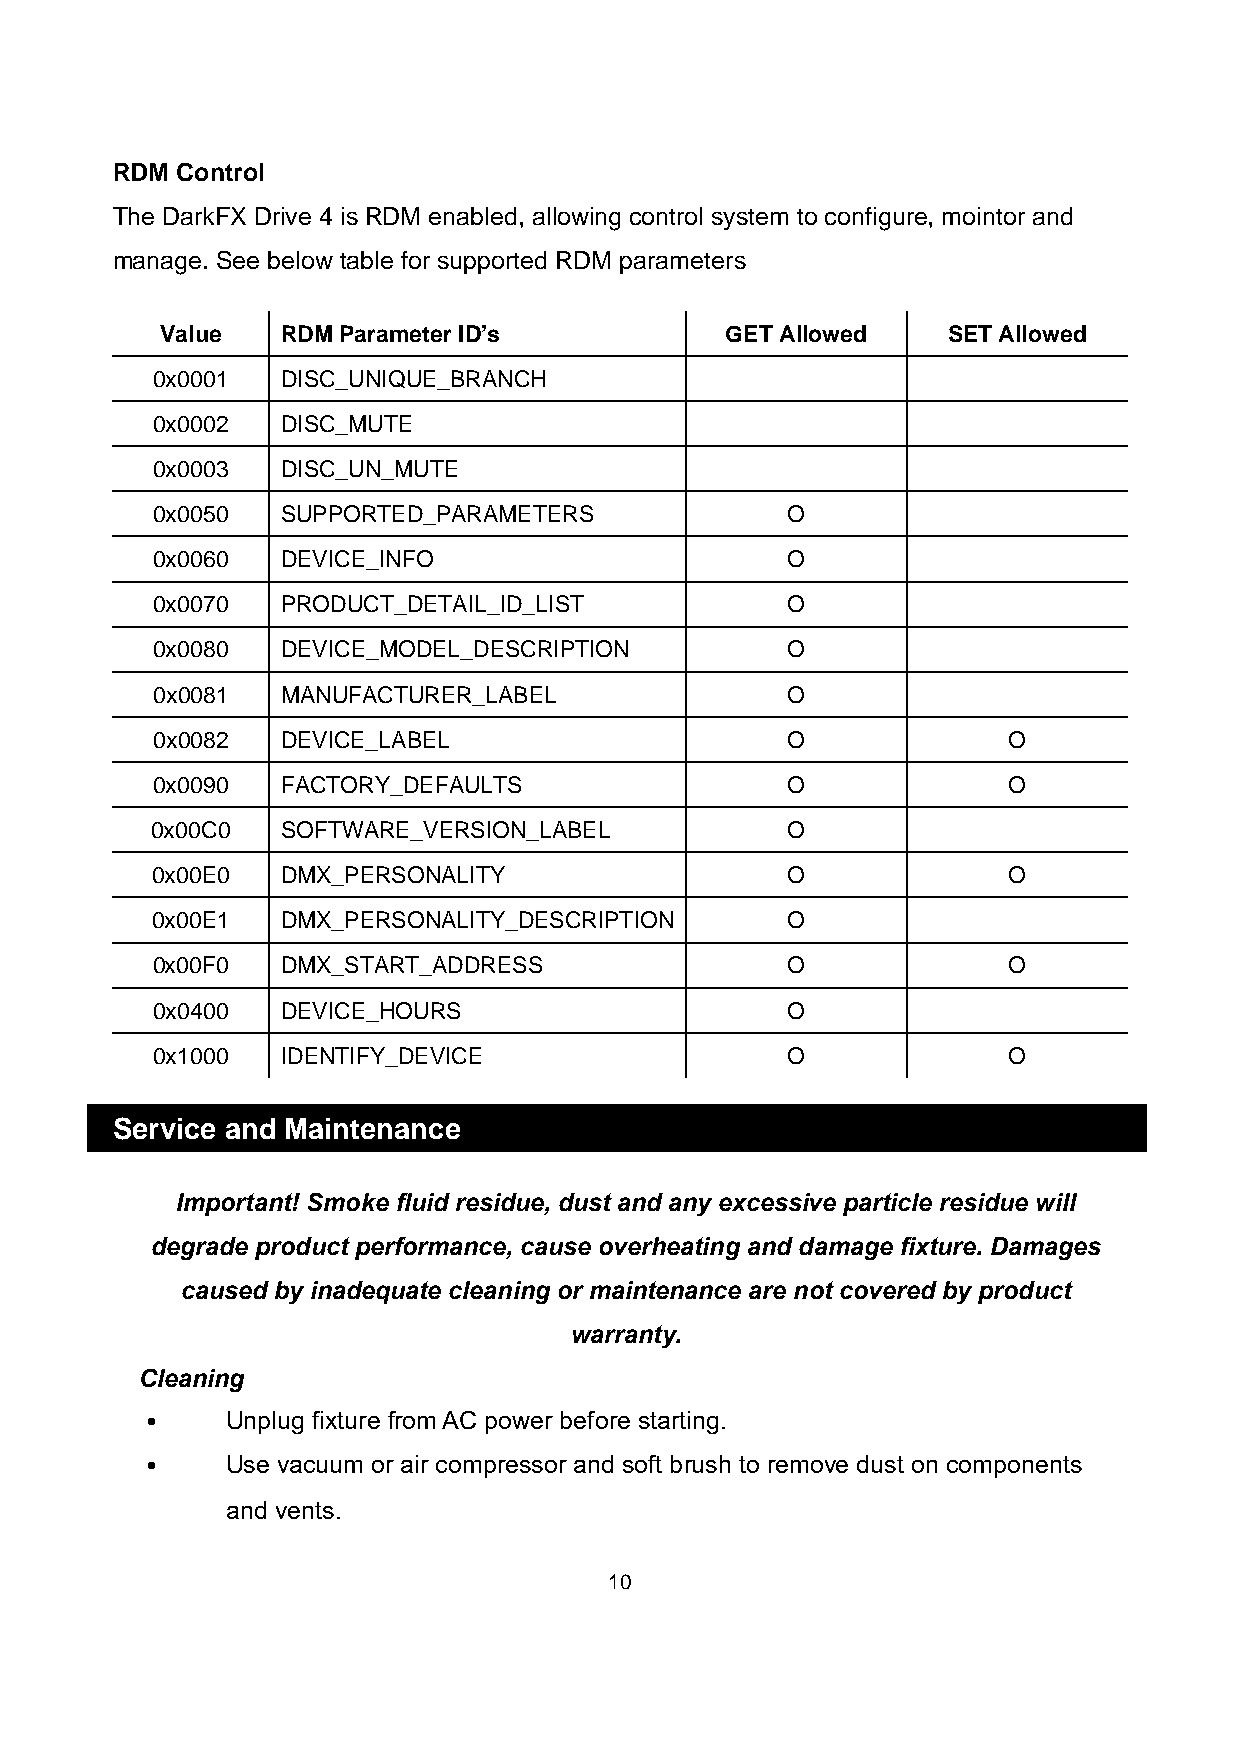
RDM  Control
 The DarkFX Drive 4 is RDM enabled, allowing control system to configure, mointor and
 manage. See below table for supported RDM parameters
 Value   RDM Parameter ID’s           GET Allowed    SET Allowed
 0x0001   DISC_UNIQUE_BRANCH
 0x0002   DISC_MUTE
 0x0003   DISC_UN_MUTE
 0x0050   SUPPORTED_PARAMETERS             O
 0x0060   DEVICE_INFO                      O
 0x0070   PRODUCT_DETAIL_ID_LIST           O
 0x0080   DEVICE_MODEL_DESCRIPTION         O
 0x0081   MANUFACTURER_LABEL               O
 0x0082   DEVICE_LABEL                     O              O
 0x0090   FACTORY_DEFAULTS                 O              O
 0x00C0   SOFTWARE_VERSION_LABEL           O
 0x00E0   DMX_PERSONALITY                  O              O
 0x00E1   DMX_PERSONALITY_DESCRIPTION      O
 0x00F0   DMX_START_ADDRESS                O              O
 0x0400   DEVICE_HOURS                     O
 0x1000   IDENTIFY_DEVICE                  O              O
 Service and Maintenance
 Important! Smoke fluid residue, dust and any excessive particle residue will
 degrade product performance, cause overheating and damage fixture. Damages
 caused by inadequate cleaning or maintenance are not covered by product
 warranty.
 Cleaning
 ․     Unplug fixture from AC power before starting.
 ․     Use vacuum or air compressor and soft brush to remove dust on components
 and vents.
 10